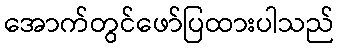
အောက်တွင်ဖော်ပြထားပါသည်